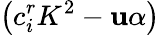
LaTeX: \left(c_{i}^{r}K^{2}-{\mathbf{u}\alpha}\right)